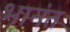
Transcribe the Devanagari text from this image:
भानंत